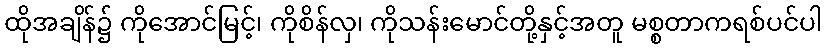
ထိုအချိန်၌ ကိုအောင်မြင့်၊ ကိုစိန်လှ၊ ကိုသန်းမောင်တို့နှင့်အတူ မစ္စတာကရစ်ပင်ပါ